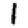
Digit: 1